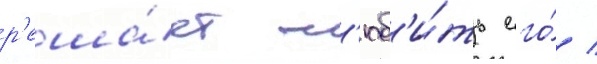
р'еша́ет л'юб'и́ть его́ /